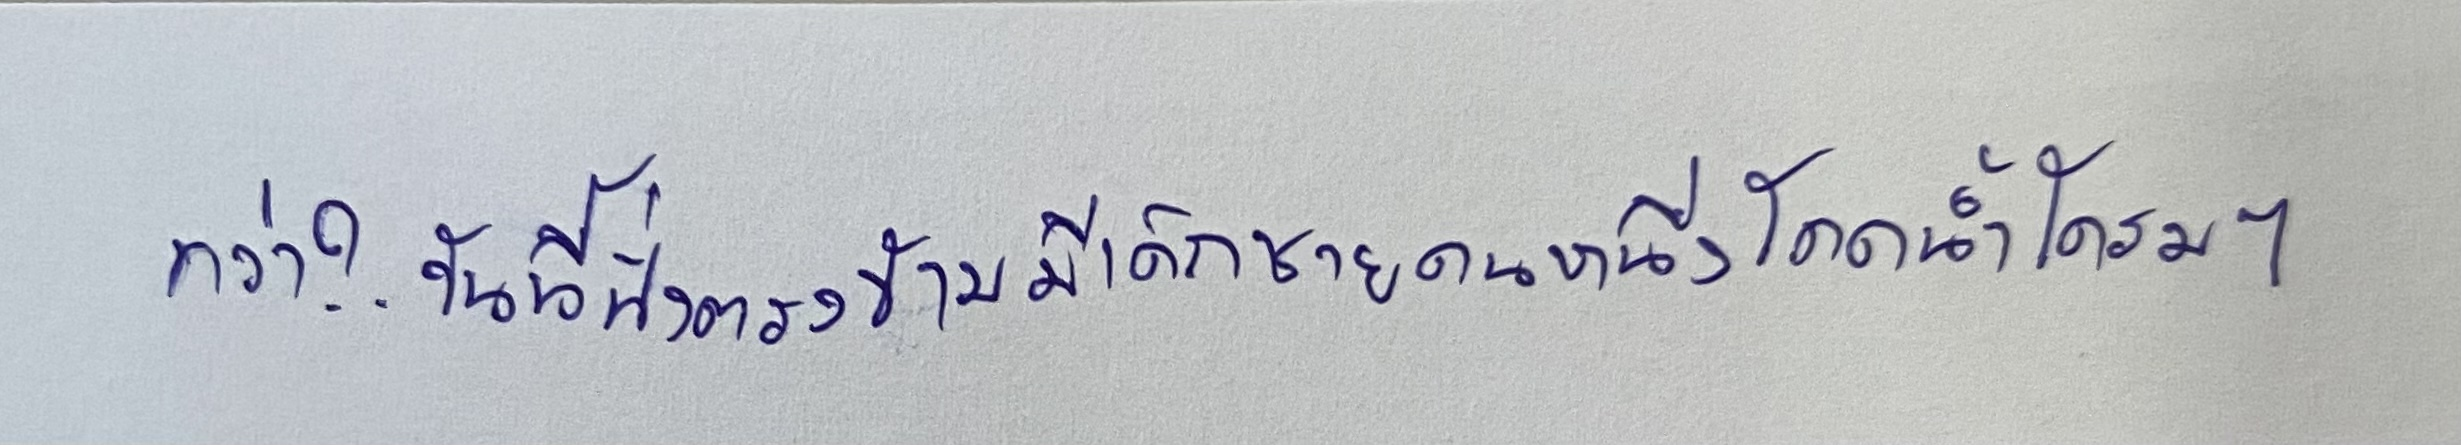
ทว่า?.วันนี้ฝั่งตรงข้ามมีเด็กชายคนหนึ่งโดดน้ำโครมๆ